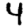
Digit: 4